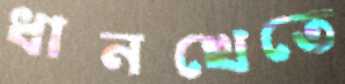
ধানখেতে